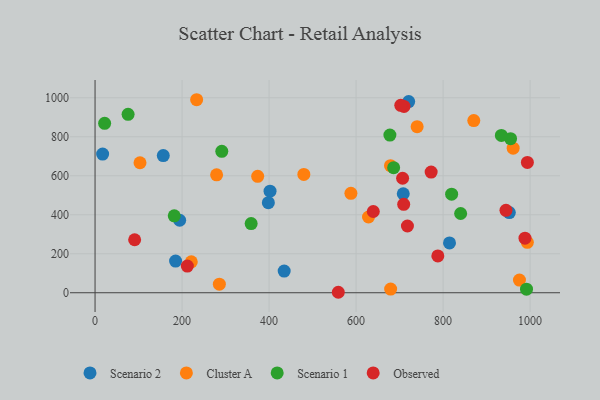
{"axis": {"x": "Price", "y": "Yield"}, "legend": ["Cluster A", "Observed", "Scenario 1", "Scenario 2"], "data": [{"x": "194.5", "y": 371.8, "type": "Scenario 2"}, {"x": "17.4", "y": 711.6, "type": "Scenario 2"}, {"x": "185.1", "y": 162.4, "type": "Scenario 2"}, {"x": "434.7", "y": 111.2, "type": "Scenario 2"}, {"x": "708.4", "y": 507.9, "type": "Scenario 2"}, {"x": "952.2", "y": 411.5, "type": "Scenario 2"}, {"x": "402.2", "y": 520.8, "type": "Scenario 2"}, {"x": "398.3", "y": 462.0, "type": "Scenario 2"}, {"x": "720.9", "y": 980.6, "type": "Scenario 2"}, {"x": "156.8", "y": 703.6, "type": "Scenario 2"}, {"x": "814.7", "y": 255.4, "type": "Scenario 2"}, {"x": "628.6", "y": 388.5, "type": "Cluster A"}, {"x": "233.5", "y": 990.2, "type": "Cluster A"}, {"x": "279.4", "y": 605.0, "type": "Cluster A"}, {"x": "373.8", "y": 597.1, "type": "Cluster A"}, {"x": "479.9", "y": 606.8, "type": "Cluster A"}, {"x": "975.5", "y": 65.1, "type": "Cluster A"}, {"x": "221.2", "y": 158.6, "type": "Cluster A"}, {"x": "961.0", "y": 741.8, "type": "Cluster A"}, {"x": "740.3", "y": 852.0, "type": "Cluster A"}, {"x": "679.1", "y": 651.8, "type": "Cluster A"}, {"x": "103.3", "y": 666.8, "type": "Cluster A"}, {"x": "993.6", "y": 258.5, "type": "Cluster A"}, {"x": "285.7", "y": 44.0, "type": "Cluster A"}, {"x": "870.5", "y": 883.2, "type": "Cluster A"}, {"x": "588.1", "y": 510.1, "type": "Cluster A"}, {"x": "679.4", "y": 18.9, "type": "Cluster A"}, {"x": "75.9", "y": 915.3, "type": "Scenario 1"}, {"x": "182.0", "y": 394.6, "type": "Scenario 1"}, {"x": "358.8", "y": 354.7, "type": "Scenario 1"}, {"x": "291.3", "y": 725.5, "type": "Scenario 1"}, {"x": "819.6", "y": 505.6, "type": "Scenario 1"}, {"x": "955.1", "y": 790.2, "type": "Scenario 1"}, {"x": "677.7", "y": 808.8, "type": "Scenario 1"}, {"x": "686.3", "y": 641.5, "type": "Scenario 1"}, {"x": "22.0", "y": 869.1, "type": "Scenario 1"}, {"x": "991.7", "y": 18.3, "type": "Scenario 1"}, {"x": "840.3", "y": 406.4, "type": "Scenario 1"}, {"x": "933.9", "y": 807.3, "type": "Scenario 1"}, {"x": "772.5", "y": 618.9, "type": "Observed"}, {"x": "639.5", "y": 416.9, "type": "Observed"}, {"x": "212.1", "y": 137.0, "type": "Observed"}, {"x": "91.0", "y": 271.9, "type": "Observed"}, {"x": "710.1", "y": 955.6, "type": "Observed"}, {"x": "787.9", "y": 189.1, "type": "Observed"}, {"x": "988.2", "y": 280.0, "type": "Observed"}, {"x": "702.7", "y": 961.3, "type": "Observed"}, {"x": "993.7", "y": 668.4, "type": "Observed"}, {"x": "559.1", "y": 2.4, "type": "Observed"}, {"x": "706.9", "y": 587.4, "type": "Observed"}, {"x": "709.4", "y": 453.5, "type": "Observed"}, {"x": "944.5", "y": 422.9, "type": "Observed"}, {"x": "718.0", "y": 342.4, "type": "Observed"}]}